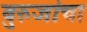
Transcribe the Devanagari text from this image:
बुरुजांचा